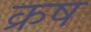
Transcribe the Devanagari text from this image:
क्रष